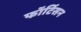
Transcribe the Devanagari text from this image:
फॉर्टिसन